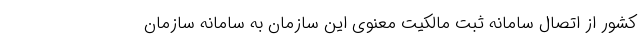
کشور از اتصال سامانه ثبت مالکیت معنوی این سازمان به سامانه سازمان